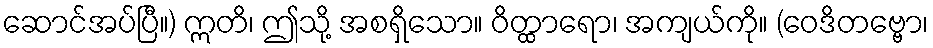
ဆောင်အပ်ပြီ။) ဣတိ၊ ဤသို့ အစရှိသော။ ဝိတ္ထာရော၊ အကျယ်ကို။ (ဝေဒိတဗ္ဗော၊